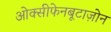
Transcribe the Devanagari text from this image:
ओक्सीफेनबूटाज़ोन